Report on the cultivation of protesoma, Labbé, in grey mosquitoes
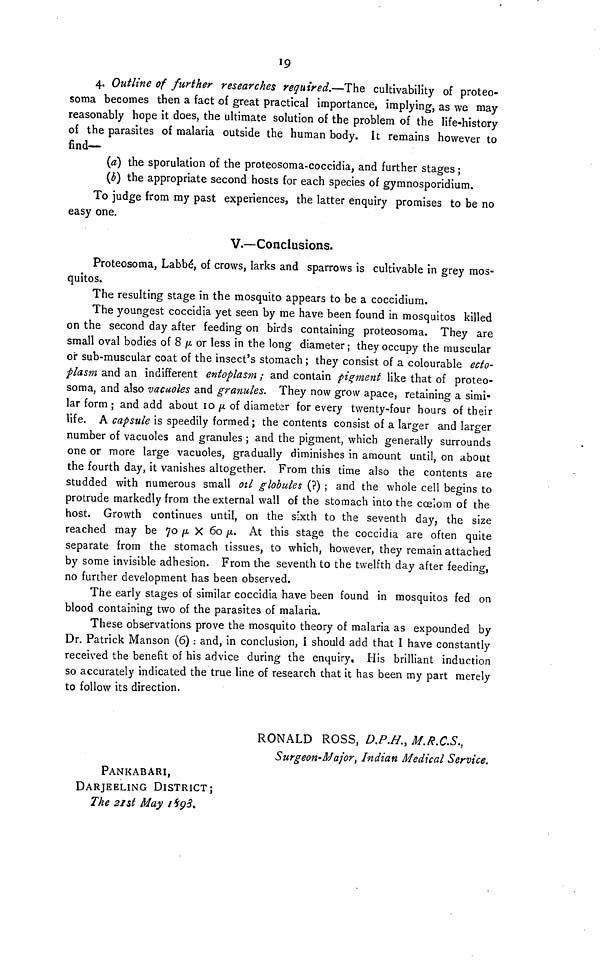
19
4. Outline of further researches required.—The cultivability of proteo-
soma becomes then a fact of great practical importance, implying, as we may
reasonably hope it does, the ultimate solution of the problem of the life-history
of the parasites of malaria outside the human body. It remains however to
find-
fat) the sporulation of the proteosoma-coccidia, and further stages ;
(b) the appropriate second hosts for each species of gymnosporidium.
To judge from my past experiences, the latter enquiry promises to be no
easy one.
V.—Conclusions.
Proteosoma, Labbé, of crows, larks and sparrows is cultivable in grey mos-
quitos.
The resulting stage in the mosquito appears to be a coccidium.
The youngest coccidia yet seen by me have been found in mosquitos killed
on the second day after feeding on birds containing proteosoma. They are
small oval bodies of 8 μ or less in the long diameter ; they occupy the muscular
or sub-muscular coat of the insect's stomach ; they consist of a colourable ecto-
plasm and an indifferent entoplasm ; and contain pigment like that of proteo-
soma, and also vacuoles and granules. They now grow apace, retaining a simi-
lar form ; and add about 10 μ of diameter for every twenty-four hours of their
life. A capsule is speedily formed ; the contents consist of a larger and larger
number of vacuoles and granules ; and the pigment, which generally surrounds
one or more large vacuoles, gradually diminishes in amount until, on about
the fourth day, it vanishes altogether. From this time also the contents are
studded with numerous small oil globules (?) ; and the whole cell begins to
protrude markedly from the external wall of the stomach into the cœiom of the
host. Growth continues until, on the sixth to the seventh day, the size
reached may be 70 μ Χ 6ο μ. At this stage the coccidia are often quite
separate from the stomach tissues, to which, however, they remain attached
by some invisible adhesion. From the seventh to the twelfth day after feeding,
no further development has been observed.
The early stages of similar coccidia have been found in mosquitos fed on
blood containing two of the parasites of malaria.
These observations prove the mosquito theory of malaria as expounded by
Dr. Patrick Manson (6) : and, in conclusion, I should add that I have constantly
received the benefit of his advice during the enquiry. His brilliant induction
so accurately indicated the true line of research that it has been my part merely
to follow its direction.
RONALD ROSS, D.P.H., M.R.C.S.,
Surgeon-Major, Indian Medical Service.
PANKABARI,
DARJEELING DISTRICT;
The 21st May 1893